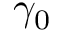
\gamma _ { 0 }